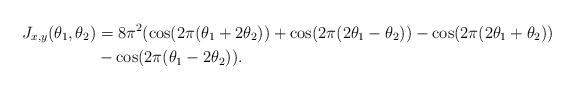
LaTeX: \begin{align*} J_{x,y} (\theta_1,\theta_2) & = 8 \pi^2 (\cos(2 \pi (\theta_1 + 2\theta_2)) + \cos(2 \pi (2\theta_1 - \theta_2)) - \cos(2 \pi (2\theta_1 + \theta_2)) \\& - \cos(2 \pi (\theta_1 - 2\theta_2)).\end{align*}